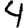
Digit: 4